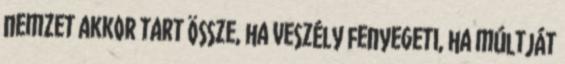
nemzet akkor tart össze, ha veszély fenyegeti, ha múltját